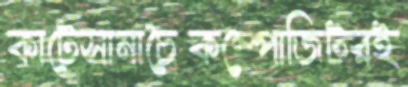
কাটেসানাচৈকম্পোজিটরই